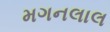
મગનલાલ